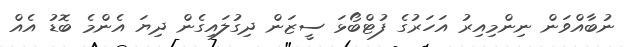
ނުބާއްވަން ނިންމިއިރު އަހަރުގެ ފުޓްބޯޅަ ސީޒަން ދިގުލައިގެން ދިޔަ އެންމެ ބޮޑު އެއް